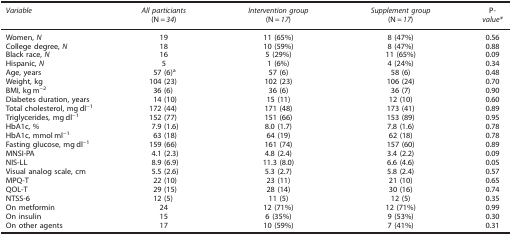
<table><thead><tr><td><b><i>Variable</i></b></td><td><b><i>All particiants</i> (N=<i>34</i>)</b></td><td><b><i>Intervention group</i> (N=<i>17</i>)</b></td><td><b><i>Supplement group</i> (N=<i>17</i>)</b></td><td><b>P<i>-value*</i></b></td></tr></thead><tbody><tr><td>Women, <i>N</i></td><td>19</td><td>11 (65%)</td><td>8 (47%)</td><td>0.56</td></tr><tr><td>College degree, <i>N</i></td><td>18</td><td>10 (59%)</td><td>8 (47%)</td><td>0.88</td></tr><tr><td>Black race, <i>N</i></td><td>16</td><td>5 (29%)</td><td>11 (65%)</td><td>0.09</td></tr><tr><td>Hispanic, <i>N</i></td><td>5</td><td>1 (6%)</td><td>4 (24%)</td><td>0.34</td></tr><tr><td>Age, years</td><td>57 (6)a</td><td>57 (6)</td><td>58 (6)</td><td>0.48</td></tr><tr><td>Weight, kg</td><td>104 (23)</td><td>102 (23)</td><td>106 (24)</td><td>0.70</td></tr><tr><td>BMI, kg m<sup>−</sup><sup>2</sup></td><td>36 (6)</td><td>36 (6)</td><td>36 (7)</td><td>0.90</td></tr><tr><td>Diabetes duration, years</td><td>14 (10)</td><td>15 (11)</td><td>12 (10)</td><td>0.60</td></tr><tr><td>Total cholesterol, mg dl<sup>−</sup><sup>1</sup></td><td>172 (44)</td><td>171 (48)</td><td>173 (41)</td><td>0.89</td></tr><tr><td>Triglycerides, mg dl<sup>−</sup><sup>1</sup></td><td>152 (77)</td><td>151 (66)</td><td>153 (89)</td><td>0.95</td></tr><tr><td>HbA1c, %</td><td>7.9 (1.6)</td><td>8.0 (1.7)</td><td>7.8 (1.6)</td><td>0.78</td></tr><tr><td>HbA1c, mmol ml<sup>−</sup><sup>1</sup></td><td>63 (18)</td><td>64 (19)</td><td>62 (18)</td><td>0.78</td></tr><tr><td>Fasting glucose, mg dl<sup>−</sup><sup>1</sup></td><td>159 (66)</td><td>161 (74)</td><td>157 (60)</td><td>0.89</td></tr><tr><td>MNSI-PA</td><td>4.1 (2.3)</td><td>4.8 (2.4)</td><td>3.4 (2.2)</td><td>0.09</td></tr><tr><td>NIS-LL</td><td>8.9 (6.9)</td><td>11.3 (8.0)</td><td>6.6 (4.6)</td><td>0.05</td></tr><tr><td>Visual analog scale, cm</td><td>5.5 (2.6)</td><td>5.3 (2.7)</td><td>5.8 (2.4)</td><td>0.57</td></tr><tr><td>MPQ-T</td><td>22 (10)</td><td>23 (11)</td><td>21 (10)</td><td>0.65</td></tr><tr><td>QOL-T</td><td>29 (15)</td><td>28 (14)</td><td>30 (16)</td><td>0.74</td></tr><tr><td>NTSS-6</td><td>12 (5)</td><td>11 (5)</td><td>12 (5)</td><td>0.35</td></tr><tr><td>On metformin</td><td>24</td><td>12 (71%)</td><td>12 (71%)</td><td>0.99</td></tr><tr><td>On insulin</td><td>15</td><td>6 (35%)</td><td>9 (53%)</td><td>0.30</td></tr><tr><td>On other agents</td><td>17</td><td>10 (59%)</td><td>7 (41%)</td><td>0.31</td></tr></tbody></table>